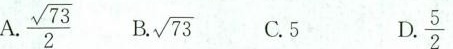
A. \frac{\sqrt{73}}{2} B. \sqrt{73} C. 5 D. \frac{5}{2}